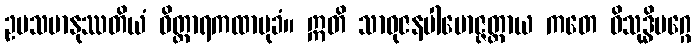
ဥပသမာနုဿတိယံ ဝိတ္ထာရကထာမုခံ။ ဣတိ သာဓုဇနပါမောဇ္ဇတ္ထာယ ကတေ ဝိသုဒ္ဓိမဂ္ဂေ